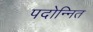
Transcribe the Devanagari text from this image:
पदोन्नित